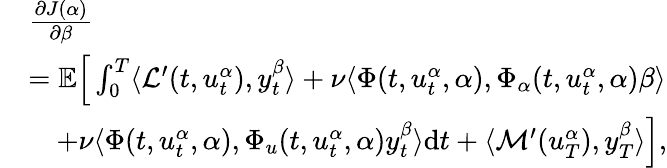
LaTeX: \begin{array}{rl}&{\frac{\partial J(\alpha)}{\partial\beta}}\\ &{=\mathbb{E}\Big[\int_{0}^{T}\langle\mathcal{L}^{\prime}(t,u_{t}^{\alpha}),y_{t}^{\beta}\rangle+\nu\langle\Phi(t,u_{t}^{\alpha},\alpha),\Phi_{\alpha}(t,u_{t}^{\alpha},\alpha)\beta\rangle}\\ &{\quad+\nu\langle\Phi(t,u_{t}^{\alpha},\alpha),\Phi_{u}(t,u_{t}^{\alpha},\alpha)y_{t}^{\beta}\rangle\mathrm{d}t+\langle\mathcal{M}^{\prime}(u_{T}^{\alpha}),y_{T}^{\beta}\rangle\Big],}\end{array}